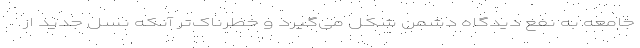
جامعه به نفع دیدگاه دشمن شکل می‌گیرد و خطرناک‌تر آنکه نسل جدید از